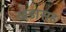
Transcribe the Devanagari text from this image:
खंडासह